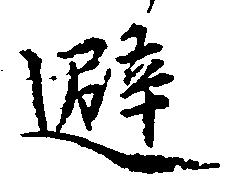
避